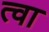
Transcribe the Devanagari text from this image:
त्‍वा